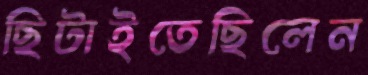
ছিটাইতেছিলেন